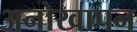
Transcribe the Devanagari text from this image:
अनोखापन